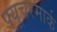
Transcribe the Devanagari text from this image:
फ्यूचरमार्क